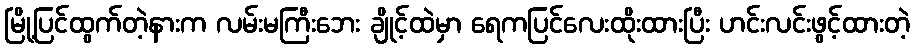
မြို့ပြင်ထွက်တဲ့နားက လမ်းမကြီးဘေး ချိုင့်ထဲမှာ ရေကပြင်လေးထိုးထားပြီး ဟင်းလင်းဖွင့်ထားတဲ့